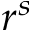
r ^ { s }